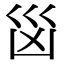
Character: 𭗾